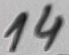
Text: 14